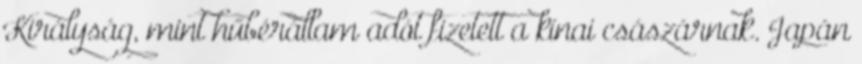
Királyság, mint hűbérállam adót fizetett a kínai császárnak. Japán